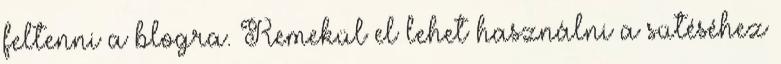
feltenni a blogra. Remekül el lehet használni a sütéséhez